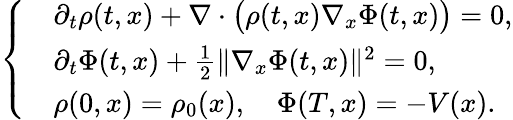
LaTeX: \left\{ \begin{array}{rl}&{\partial_{t}\rho(t,x)+\nabla\cdot\big(\rho(t,x)\nabla_{x}\Phi(t,x)\big)=0,}\\ &{\partial_{t}\Phi(t,x)+\frac{1}{2}\| \nabla_{x}\Phi(t,x)\| ^{2}=0,}\\ &{\rho(0,x)=\rho_{0}(x),\quad\Phi(T,x)=-V(x).}\end{array}\right.